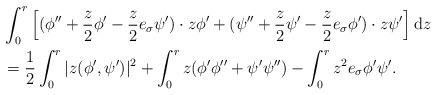
LaTeX: \begin{align*} &\int_0^r \left[(\phi''+\frac{z}{2}\phi'-\frac{z}{2}e_\sigma\psi')\cdot z\phi'+(\psi''+\frac{z}{2}\psi'-\frac{z}{2}e_\sigma\phi')\cdot z\psi'\right]{\rm{d}}z\\ &=\frac{1}{2}\int_0^r |z(\phi',\psi')|^2+\int_0^r z(\phi'\phi''+\psi'\psi'')-\int_0^r z^2e_\sigma\phi'\psi'.\end{align*}